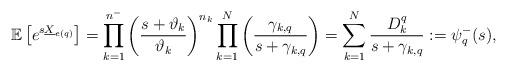
LaTeX: \begin{align*}\mathbb E\left[e^{s\underline{X}_{e(q)}}\right]&=\prod_{k=1}^{n^-}\left(\frac{s+\vartheta_k}{\vartheta_k}\right)^{n_k}\prod_{k=1}^{N}\left(\frac{\gamma_{k,q}}{s+\gamma_{k,q}}\right)=\sum_{k=1}^{N}\frac{D^q_{k}}{s+\gamma_{k,q}}:=\psi_q^-(s),\end{align*}